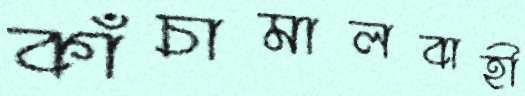
কাঁচামালবাহী